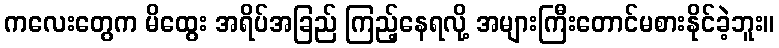
ကလေးတွေက မိထွေး အရိပ်အခြည် ကြည့်နေရလို့ အများကြီးတောင်မစားနိုင်ခဲ့ဘူး။